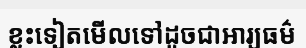
ខ្លះទៀតមើលទៅដូចជាអារ្យធម៌